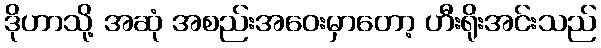
ဒိုဟာသို့ အဆုံ အစည်းအဝေးမှာတော့ ဟီးရိုးအင်းသည်